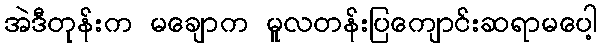
အဲဒီတုန်းက မချောက မူလတန်းပြကျောင်းဆရာမပေါ့